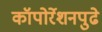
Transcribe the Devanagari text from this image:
कॉपोर्रेशनपुढे